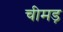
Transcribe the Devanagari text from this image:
चीमड़